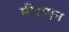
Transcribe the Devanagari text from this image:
मीरायन